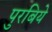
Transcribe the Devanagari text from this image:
पुरबिये